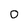
Character: o